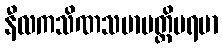
နီလကသိဏသမာပတ္တိပရမာ